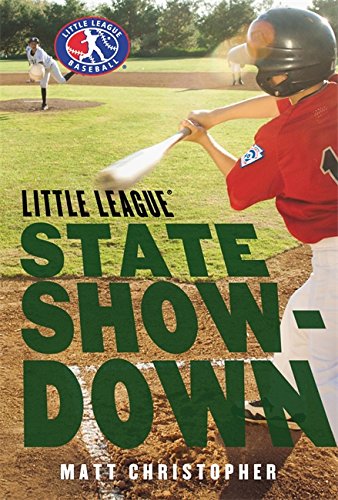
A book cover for State Showdown (Little League); Matt Christopher; Children's Books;